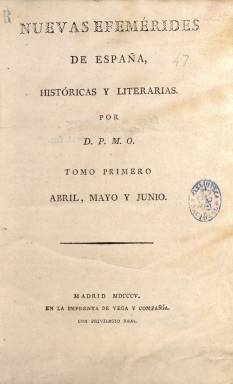
Título: Nuevas efemérides de España históricas y literarias
Otros títulos: Efemérides de España
Colección: Historia || Literatura
Ámbito geográfico: Madrid
Lugar de publicación: Madrid
Fechas: 02/04/1805-27/09/1805

Sólo aparece este título ampliado en las portadas de sus dos respectivos tomos, pues cada entrega mantiene el título reducido con el que venía publicándose desde el uno de abril de 1804: Efemérides de España. La colección en la Biblioteca Nacional de España de este nuevo título la integran cincuenta números, publicados desde el dos de abril al 27 de septiembre de 1805, formando esos dos tomos trimestrales, pero con foliación continuada cada uno; el primero es de 336 páginas y, el segundo, de 378. Al final de cada uno de ellos se incluye el correspondiente índice de materias, agrupadas en literatura española, literatura extranjera, crítica, teatros, poesías, legislación, anatomía, química, moral, beneficencia, necrología, miscelánea y variedades.

Sigue apareciendo los martes y los viernes, en cuadernos en 4º, generalmente de 16 páginas, aunque algunos son de 8 o de 12 páginas, compuestas a una columna y sin ningún grabado. Ahora son estampadas, “con privilegio real”, en la Imprenta de Vega y Compañía, y aparece indicado como autor en la portada de cada tomo “por D.P.M.O”, es decir Pedro María Olive (1767-1843), que a partir de ese dos de abril de 1804 se había hecho cargo del periódico, comprándoselo a su fundador, Julián Velasco.

El plan de publicación establecido para este bisemanario será continuar con la Historia de los progresos del entendimiento humano en las naciones cultas de Europa, y principalmente en España; así como ofrecer un sumario de los más memorables sucesos de historia antigua y moderna; noticias útiles y curiosas de ciencias y artes; invenciones de nuevos descubrimientos; necrología de varones ilustres; noticias biográficas y bibliográficas; crítica de nuevas obras nacionales y extranjeras; extractos y noticias de obras inéditas o impresas raras, anécdotas, chistes y pasajes escogidos, “cuya lectura pueda servir de agradable entretenimiento”.

Entre octubre de 1805 y marzo de 1806 seguirá publicándose, pero variando de nuevo su título: Nuevas efemérides de España políticas, literarias y religiosas, formando también parte de la colección de la Biblioteca Nacional de España.